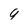
Character: 9